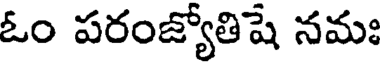
ఓం పరంజ్యోతిషే నమః